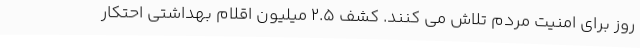
روز برای امنیت مردم تلاش می کنند. کشف 2.5 میلیون اقلام بهداشتی احتکار